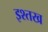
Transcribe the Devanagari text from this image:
इश्तख